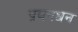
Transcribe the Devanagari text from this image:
प्रबनधन